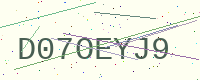
Text: D07OEYJ9